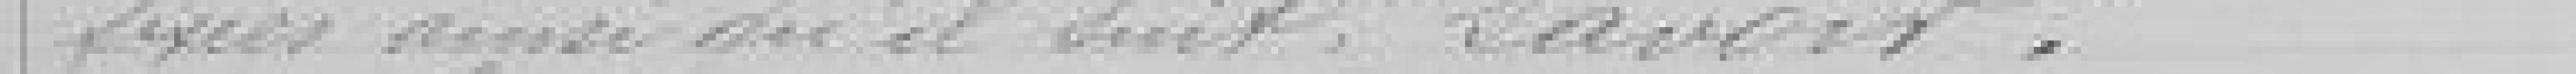
fixées ainsi qu'il suit : savoir :